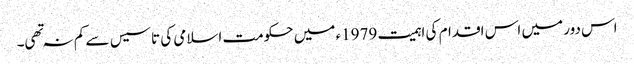
اس دور میں اس اقدام کی اہمیت 1979ء میں حکومت اسلامی کی تاسیس سے کم نہ تهی۔